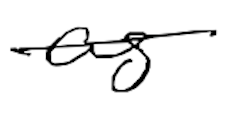
Text: as
Cross-out: single-line
Writing tool: digital_black